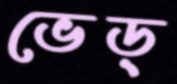
ভেড়্‌